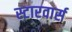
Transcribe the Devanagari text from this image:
स्टारवार्स